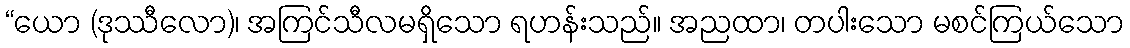
“ယော (ဒုဿီလော)၊ အကြင်သီလမရှိသော ရဟန်းသည်။ အညထာ၊ တပါးသော မစင်ကြယ်သော